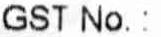
GST NO.: